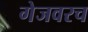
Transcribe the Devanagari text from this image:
गेजवरच